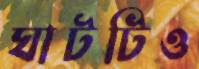
ঘাটটিও